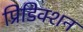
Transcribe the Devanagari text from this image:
प्रिडिक्शन